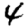
Digit: 4